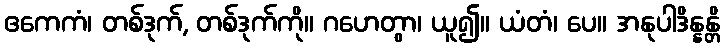
ဧကေကံ၊ တစ်ဒုက်, တစ်ဒုက်ကို။ ဂဟေတွာ၊ ယူ၍။ ယံတံ၊ ပေ။ အနုပါဒိန္နန္တိ